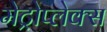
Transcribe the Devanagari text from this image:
मेट्रोप्लेक्स